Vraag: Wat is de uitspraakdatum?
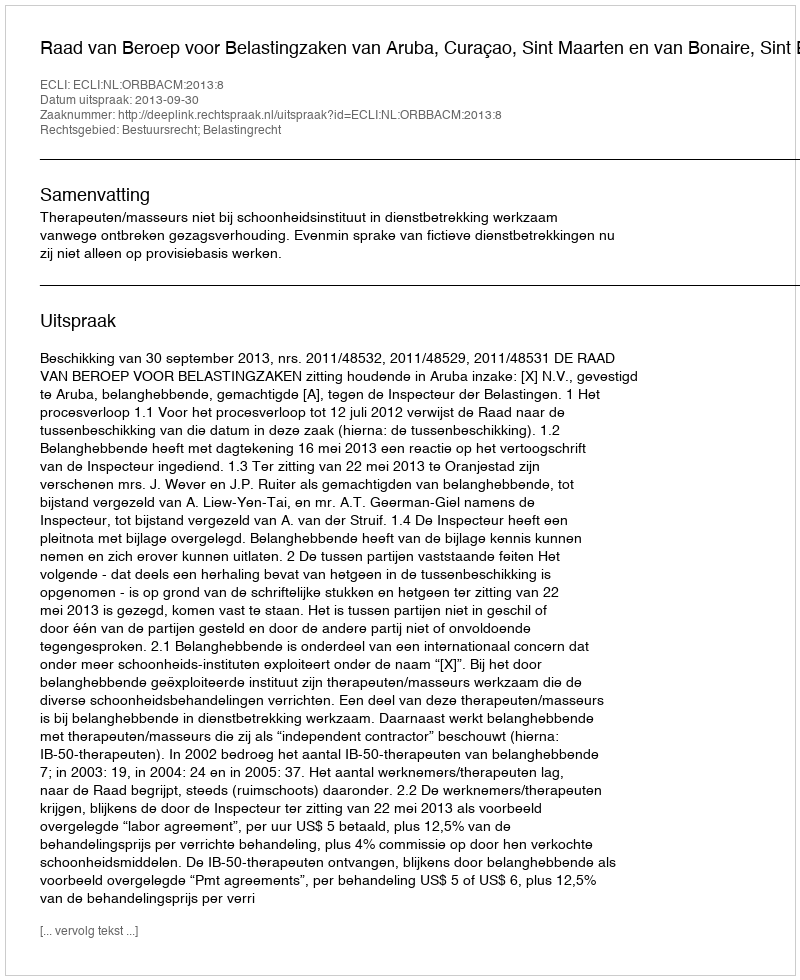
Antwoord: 2013-09-30